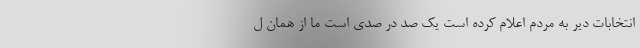
انتخابات دیر به مردم اعلام کرده است یک صد در صدی است ما از همان ل